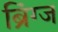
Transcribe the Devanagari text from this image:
ब्रिंग्ज